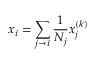
x _ { i } = \sum _ { j \rightarrow i } { \frac { 1 } { N _ { j } } } x _ { j } ^ { ( k ) }